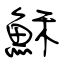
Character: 穌